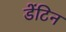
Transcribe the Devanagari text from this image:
डेंटिन